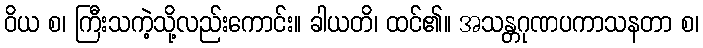
ဝိယ စ၊ ကြီးသကဲ့သို့လည်းကောင်း။ ခါယတိ၊ ထင်၏။ အသန္တဂုဏပကာသနတာ စ၊